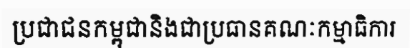
ប្រជាជនកម្ពុជានិងជាប្រធានគណៈកម្មាធិការ